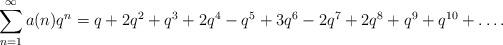
LaTeX: \begin{align*}\sum_{n=1}^\infty a(n)q^n=q+2 q^2+q^3+2 q^4-q^5+3 q^6-2 q^7+2 q^8+q^9+q^{10}+\dots.\end{align*}